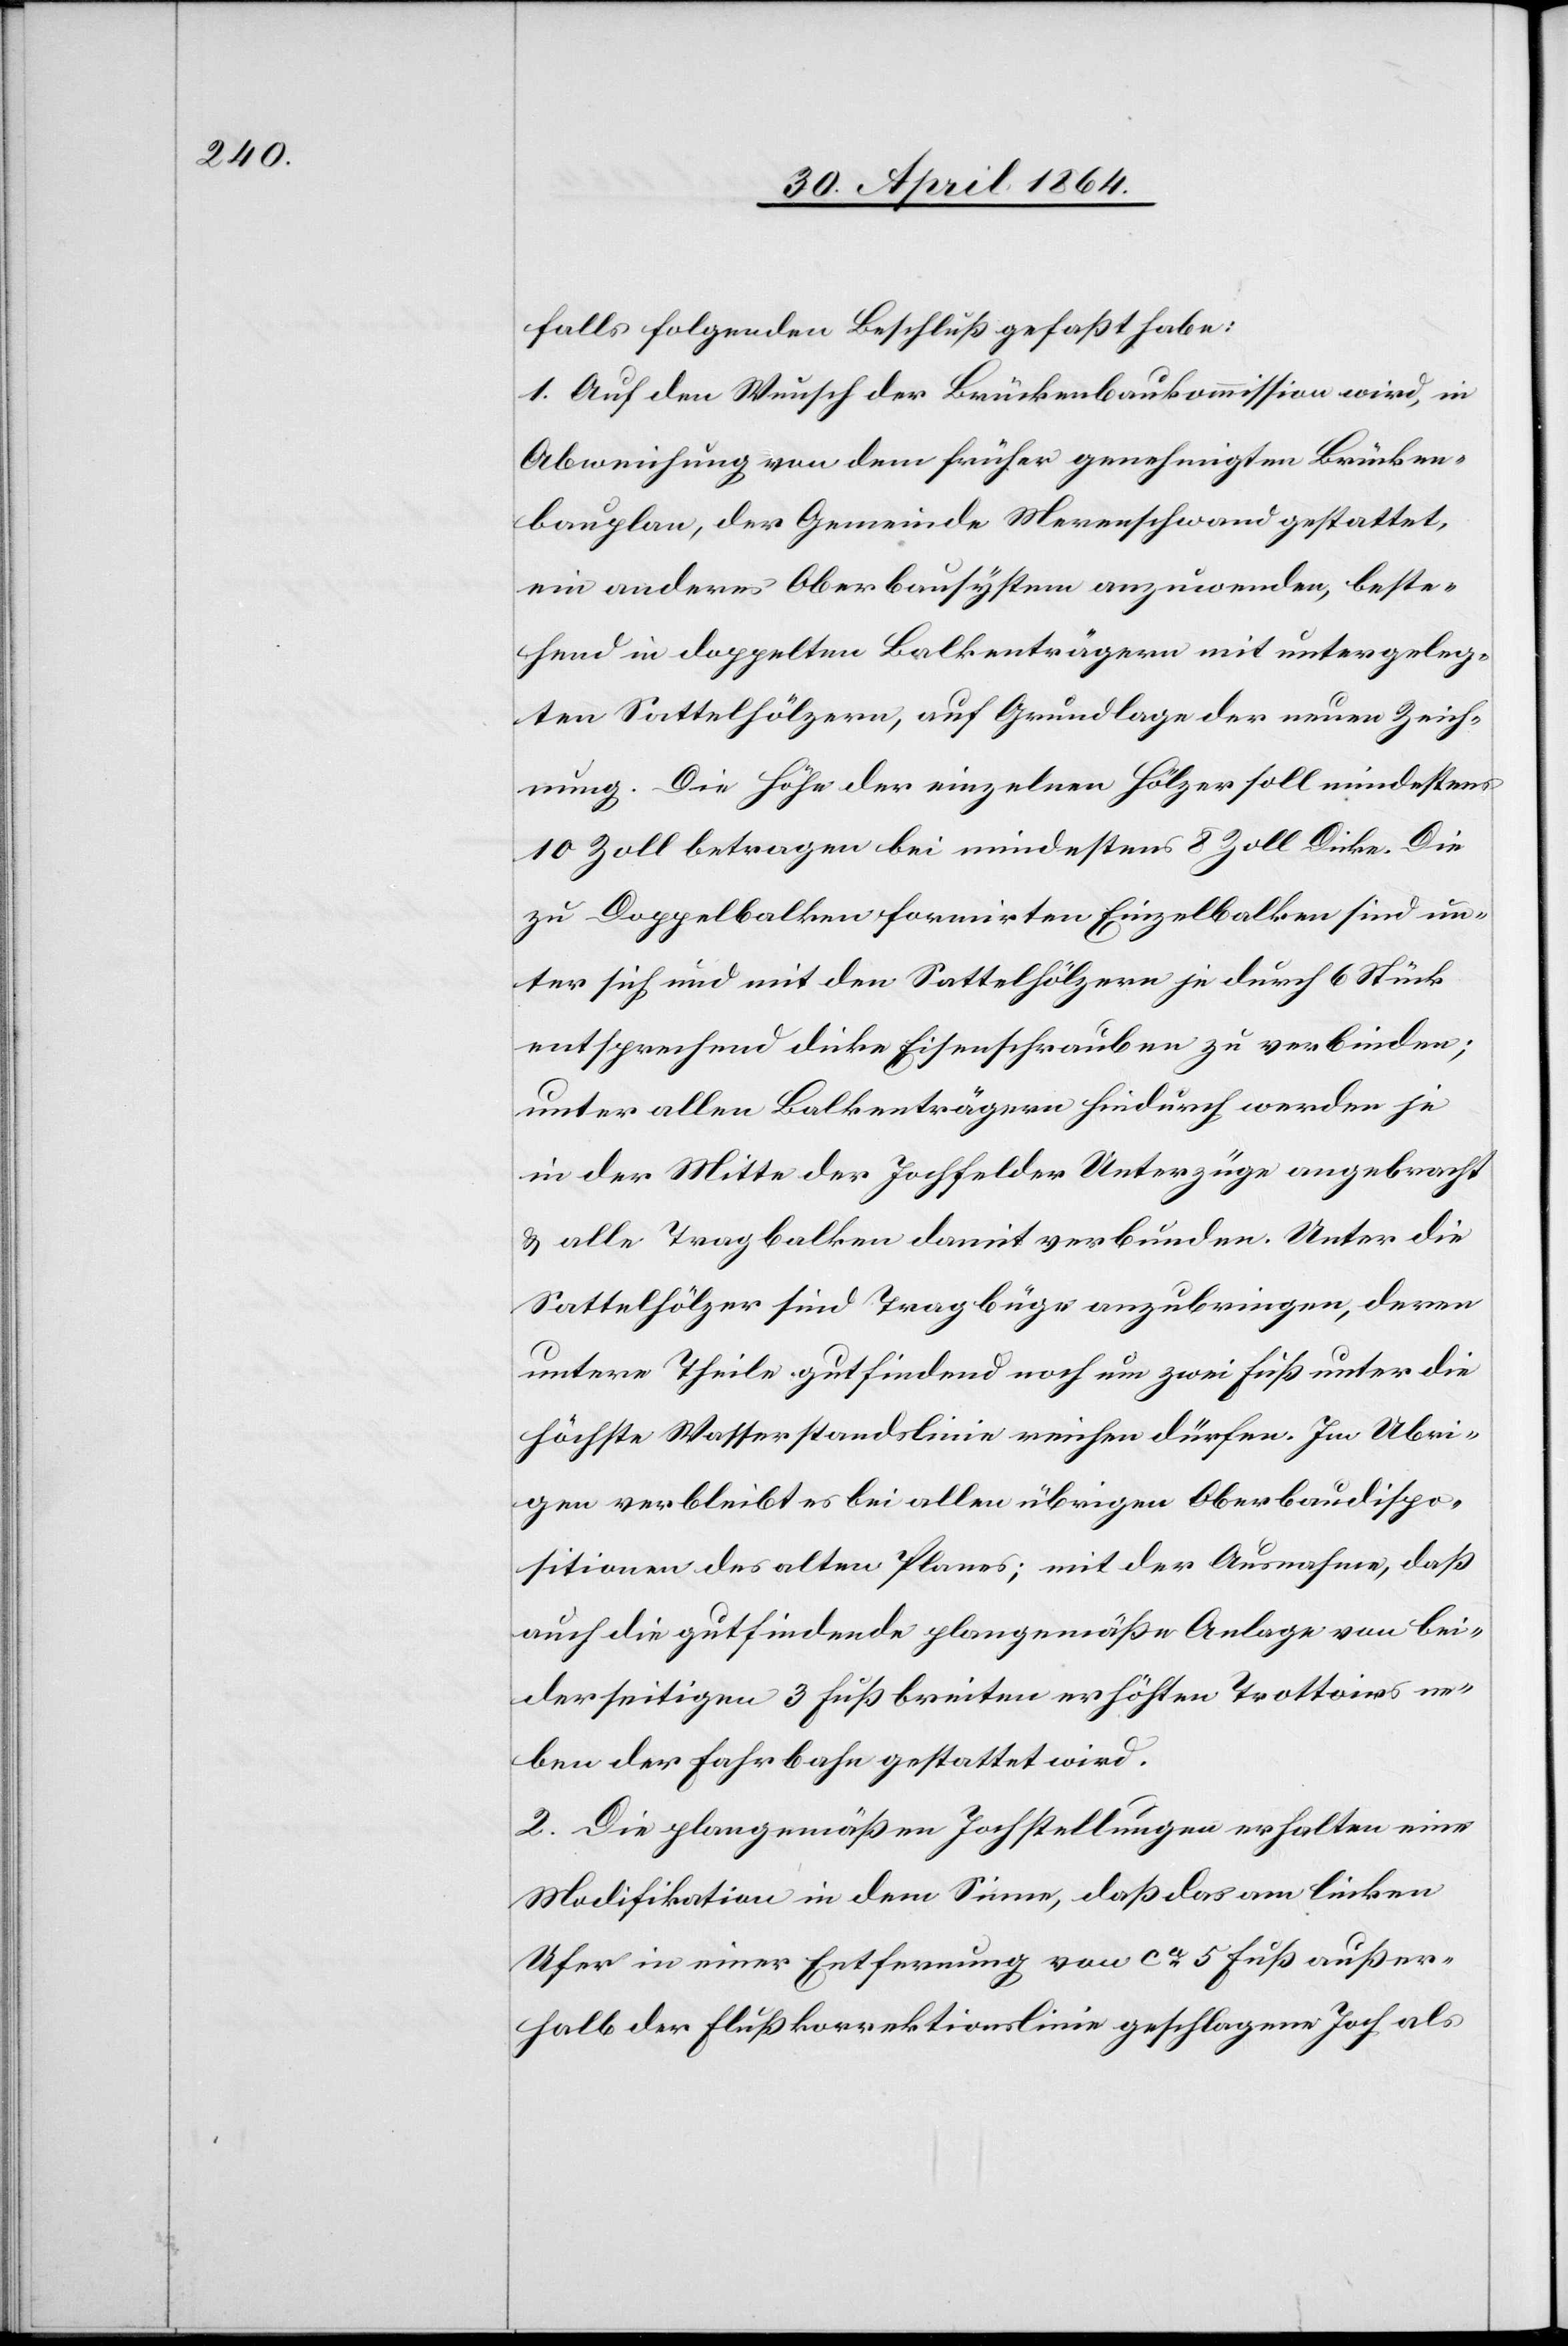
falls folgenden Beschluß gefaßt habe:
1. Auf den Wunsch der Brückenbaukommission wird, in
Abweichung von dem früher genehmigten Brücken¬
bauplan, der Gemeinde Merenschwand gestattet,
ein anderes Oberbausystem anzuwenden, beste¬
hend in doppelten Balkenträgern mit untergeleg¬
ten Sattelhölzern, auf Grundlage der neuen Zeich¬
nung. Die Höhe der einzelnen Hölzer soll mindestens
10 Zoll betragen bei mindestens 8 Zoll Dicke. Die
zu Doppelbalken formirten Einzelbalken sind un¬
ter sich und mit den Sattelhölzern je durch 6 Stück
entsprechend dicke Eisenschrauben zu verbinden;
unter allen Balkenträgern hindurch werden je
in der Mitte der Jochfelder Unterzüge angebracht
u. alle Tragbalken damit verbunden. Unter die
Sattelhölzer sind Tragbüge anzubringen, deren
untere Theile gutfindend noch um zwei Fuß unter die
höchste Wasserstandslinie weichen dürfen. Im Uebri¬
gen verbleibt es bei allen übrigen Oberbaudispo¬
sitionen des altes Planes; mit der Ausnahme, daß
auch die gutfindende plangemäße Anlage von bei¬
derseitigen 3 Fuß breiten erhöhten Trottoirs ne¬
ben der Fahrbahn gestattet wird.
2. Die plangemäßen Jochstellungen erhalten eine
Modifikation in dem Sinne, daß das am linken
Ufer in einer Entfernung von ca 5 Fuß außer¬
halb der Flußkorrektionslinie geschlagene Joch als